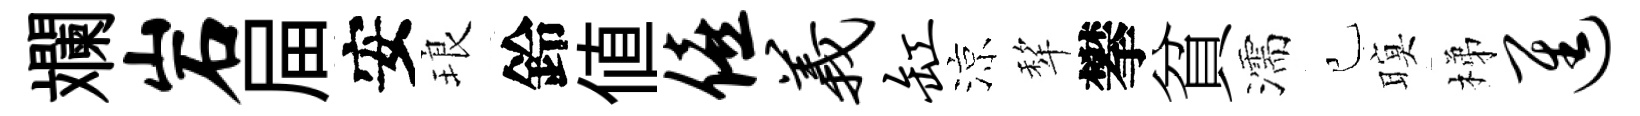
斕岩屇安琅鈴値僖义缸涼犂攀貧濡己暝梯进